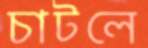
চাটলে